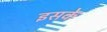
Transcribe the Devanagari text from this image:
इसके